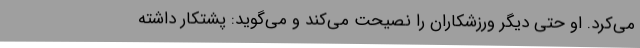
می‌کرد. او حتی دیگر ورزشکاران را نصیحت می‌کند و می‌گوید: پشتکار داشته